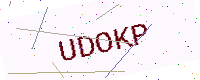
Text: UDOKP